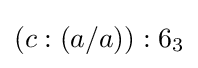
(c:(a/a)):6_{3}